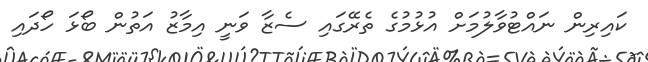
ކައިރިން ނައްޓުވާލުމަށް އުޅުމުގެ ތެރޭގައި ސެޒާ ވަނީ އިމާޒު އަތުން ބޯޅަ ހޯދައި